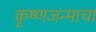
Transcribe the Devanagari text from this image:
कृष्णजन्माचा